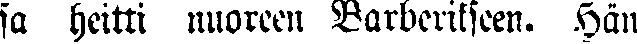
sa heitti nuoreen Barberikseen. Hän